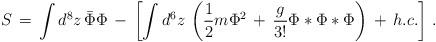
LaTeX: \begin{align*}S\,=\,\int d^8 z\, \bar{\Phi}\Phi\,-\,\left[\int d^6 z \,\left(\frac{1}{2}m\Phi^2\,+\,\frac{g}{3!}\Phi*\Phi*\Phi\right)\,+\,h.c.\right]\,.\end{align*}